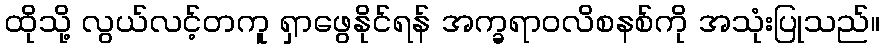
ထိုသို့ လွယ်လင့်တကူ ရှာဖွေနိုင်ရန် အက္ခရာဝလိစနစ်ကို အသုံးပြုသည်။